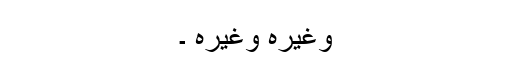
وغیرہ وغیرہ ۔